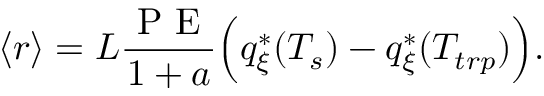
\langle r \rangle = L \frac { \textrm { P E } } { 1 + a } \Big ( q _ { \xi } ^ { * } ( T _ { s } ) - q _ { \xi } ^ { * } ( T _ { t r p } ) \Big ) .